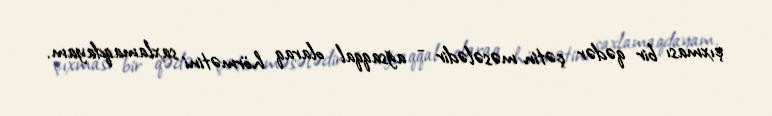
çıxması bir qədər çətin məsələdir - ağsaqqal olaraq hörmətini saxlamaqdayam.